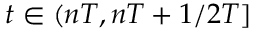
t \in ( n T , n T + 1 / 2 T ]